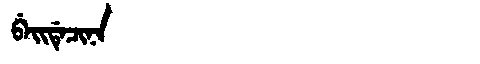
Manchu: ᠪᡝᡳᡩᡝᠴᡳᠨᠠ
Romanization: BEIDECINA